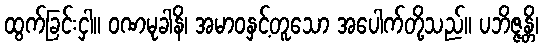
ထွက်ခြင်းငှါ။ ဝဏမုခါနိ၊ အမာဝနှင့်တူသော အပေါက်တို့သည်။ ပဘိဇ္ဇန္တိ၊